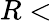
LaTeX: R<